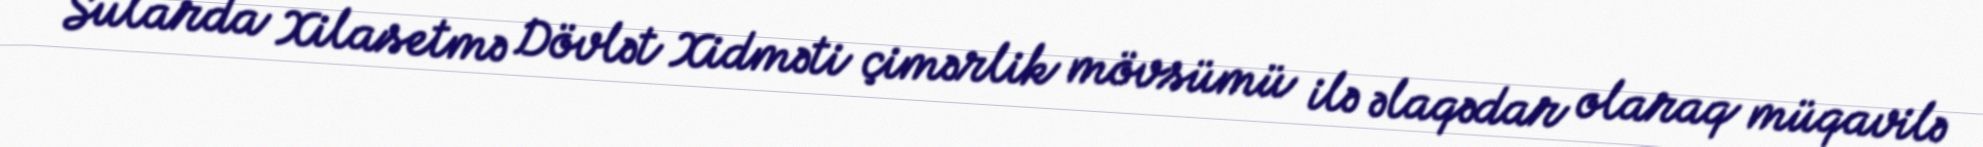
Sularda Xilasetmə Dövlət Xidməti çimərlik mövsümü ilə əlaqədar olaraq müqavilə